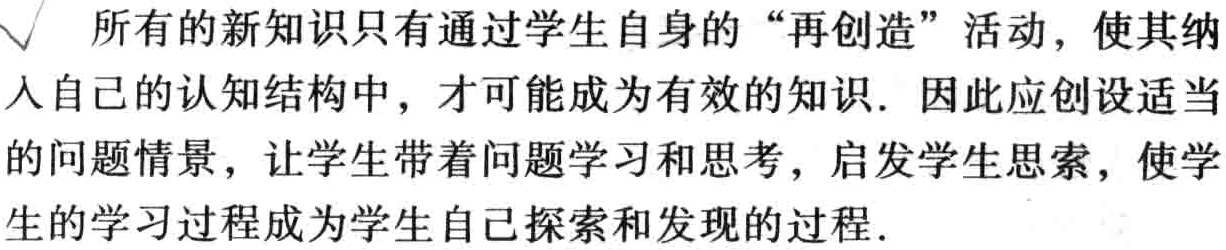
所有的新知识只有通过学生自身的“再创造”活动，使其纳入自己的认知结构中，才可能成为有效的知识. 因此应创设适当的问题情景，让学生带着问题学习和思考，启发学生思索，使学生的学习过程成为学生自己探索和发现的过程.